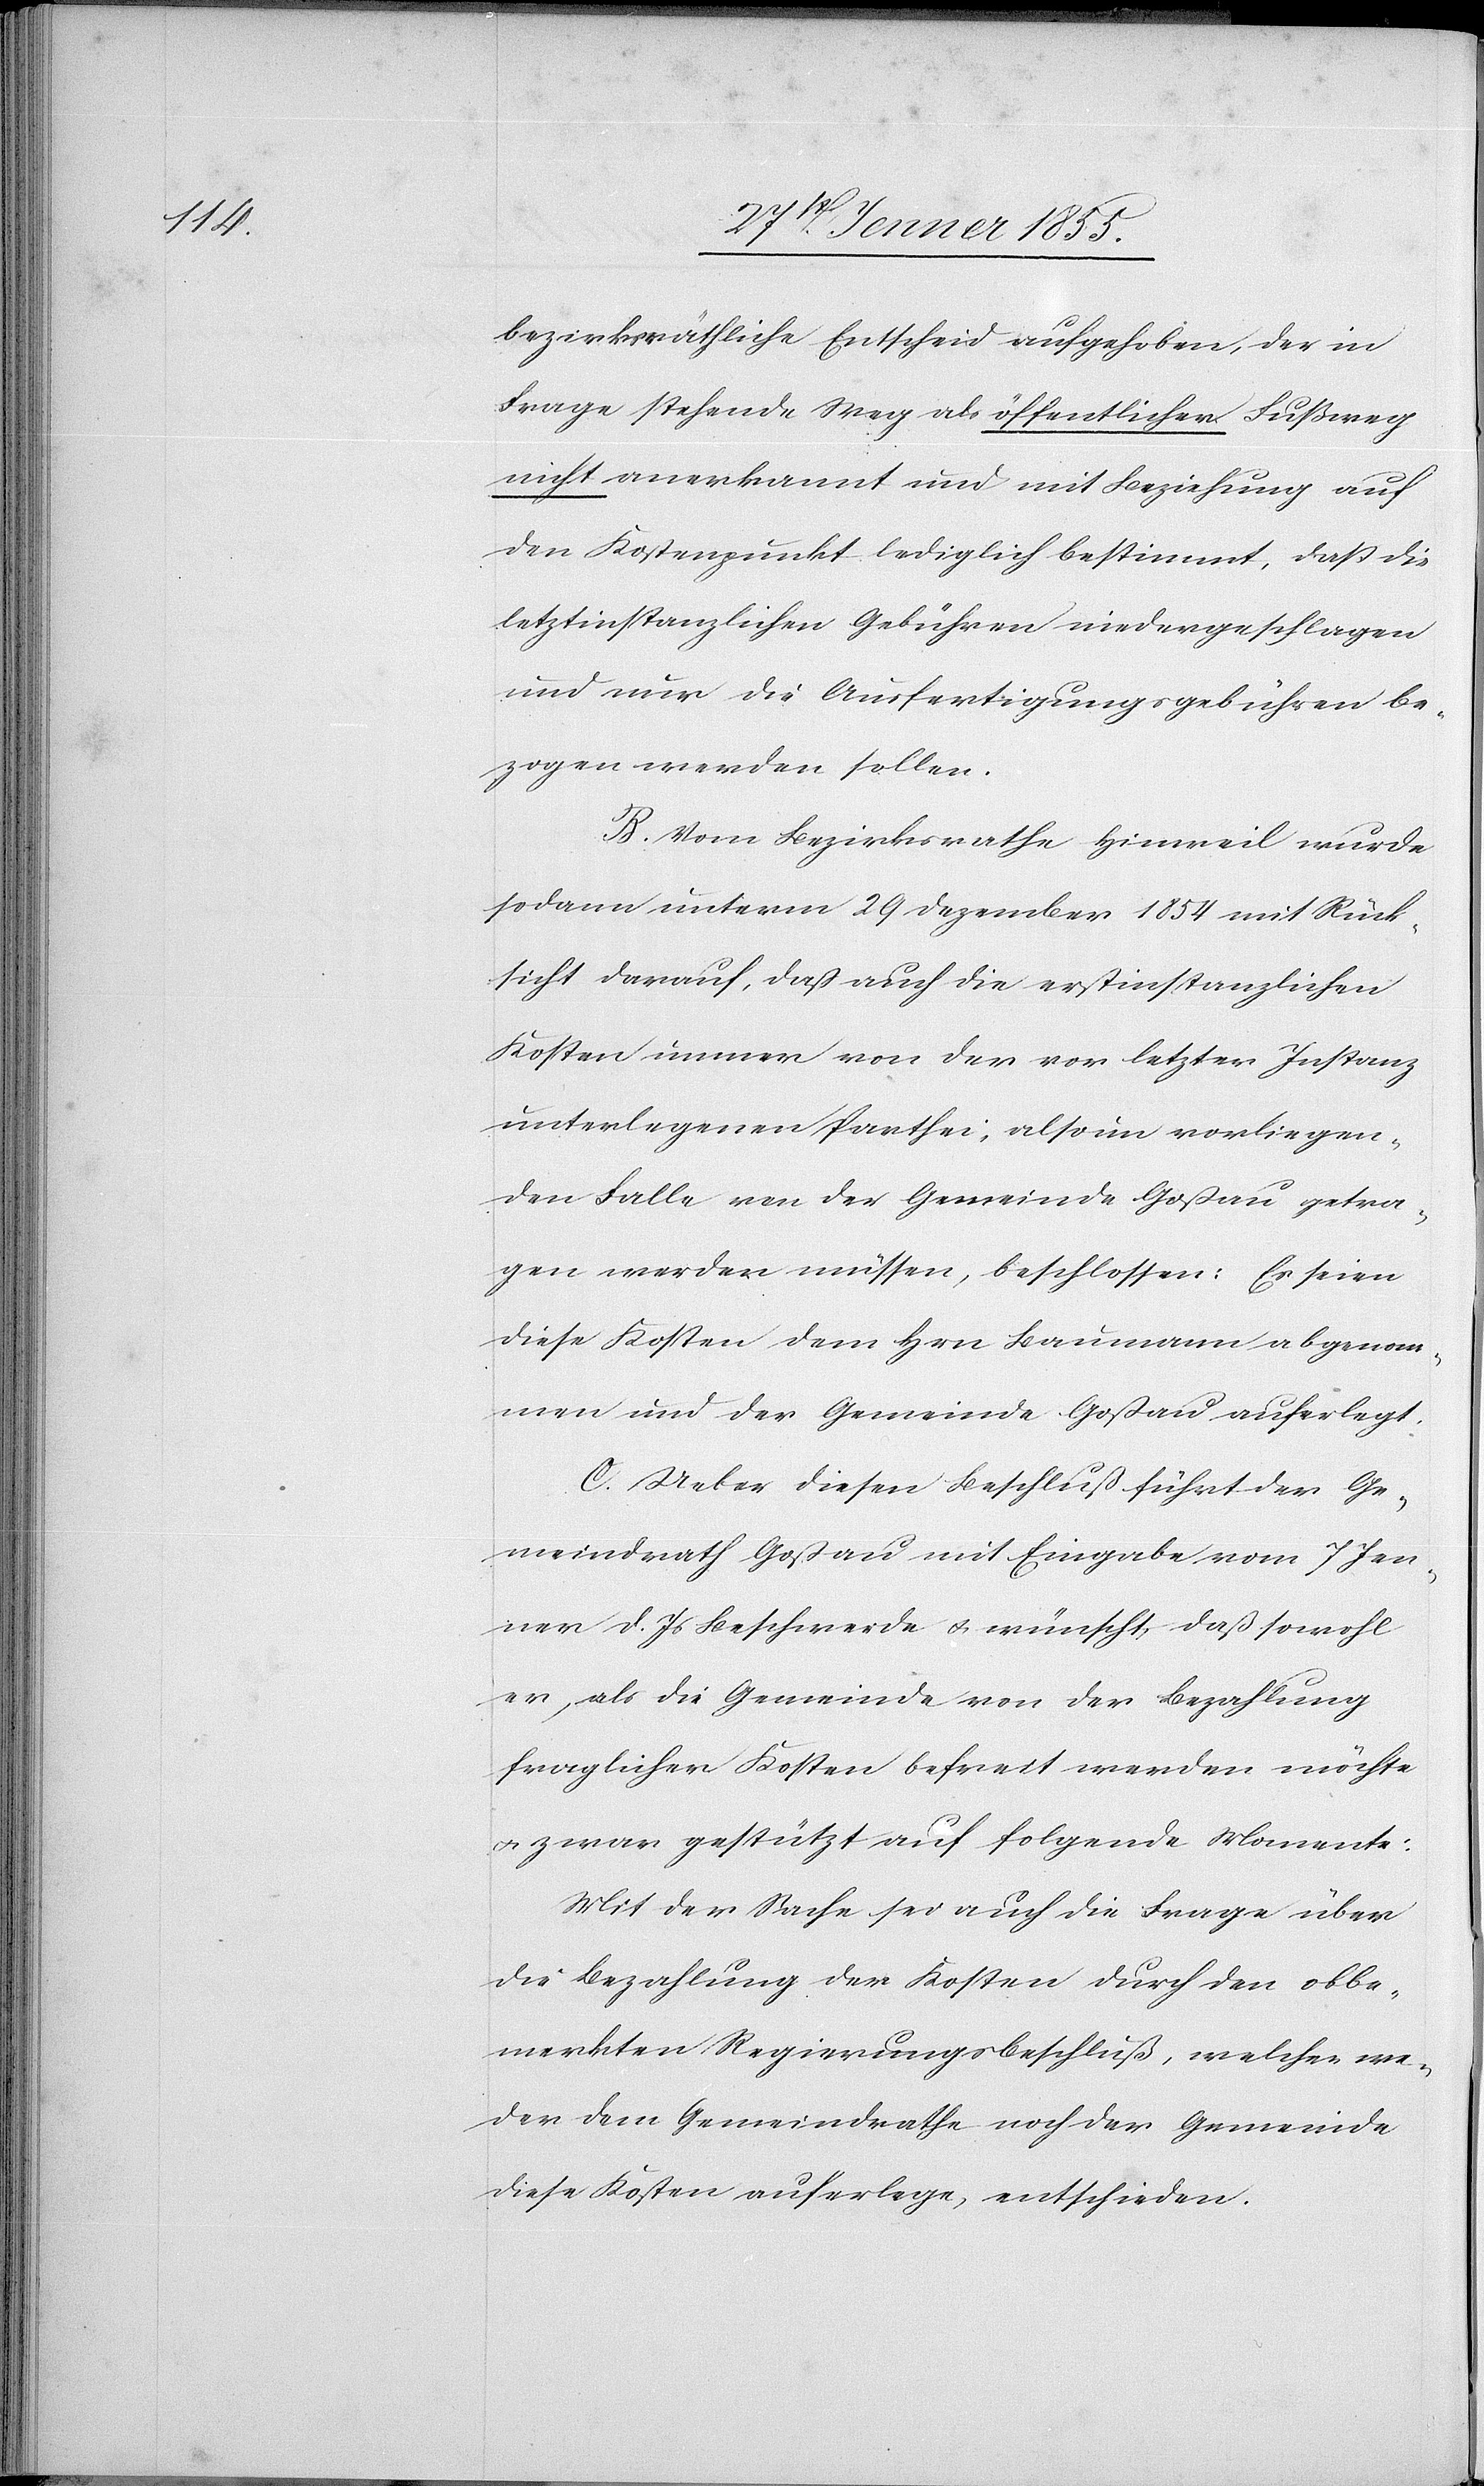
bezirksräthliche [sic!] Entscheid aufgehoben, der in
Frage stehende Weg als öffentlicher Fußweg
nicht anerkannt und mit Beziehung auf
den Kostenpunkt lediglich bestimmt, daß die
letztinstanzlichen Gebühren niedergeschlagen
und nur die Ausfertigungsgebühren be¬
zogen werden sollen.
B. Vom Bezirksrathe Hinweil wurde
sodann unterm 29 Dezember 1854 mit Rück¬
sicht darauf, dass auch die erstinstanzlichen
Kosten immer von der vor letzter Instanz
unterlegenen Parthei, also im vorliegen¬
den Falle von der Gemeinde Goßau getra¬
gen werden müssen, beschlossen: Es seien
diese Kosten dem Hrn Baumann abgenom¬
men und der Gemeinde Goßau auferlegt.
C. Ueber diesen Beschluß führt der Ge¬
meindrath Goßau mit Eingabe vom 7 Jen¬
ner d. Js Beschwerde & wünscht, daß sowohl
er, als die Gemeinde von der Bezahlung
fraglicher Kosten befreit werden möchte
& zwar gestützt auf folgende Momente:
Mit der Sache sei auch die Frage über
die Bezahlung der Kosten durch den obbe¬
merkten Regierungsbeschluß, welcher we¬
der dem Gemeindrathe noch der Gemeinde
diese Kosten auferlege, entschieden.